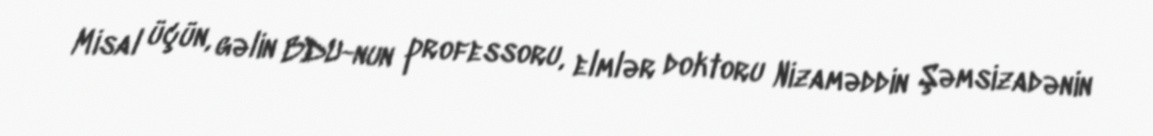
Misal üçün, gəlin BDU-nun professoru, elmlər doktoru Nizaməddin Şəmsizadənin